Vaccine operations Central Provinces 1886-1899 - 1886-1899
Year: 1886
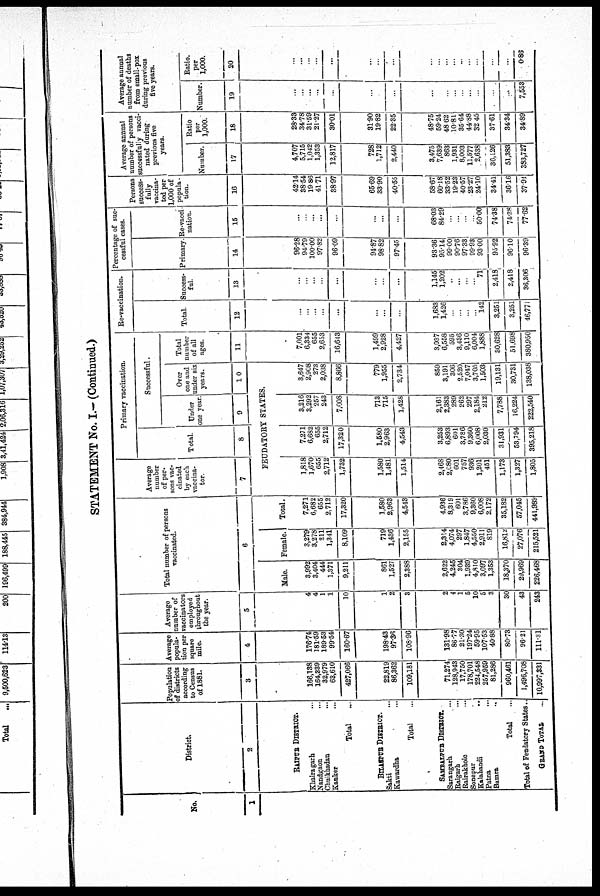
STATEMENT No. I.— (Continued.)
No.
1
District.
2
RAIPUR DISTRICTS.
Khairagarh...
Nandgaon...
Chuikhadan...
Kanker...
Total...
BILASPUR DISTRICTS.
Sakti...
Kawardha...
Total...
SAMBALPUR DISTRICT.
Sarangarh...
Raigarh...
Rairakhole...
Sonepur...
Kalahandi...
Patna...
Bamra...
Total...
Total of Feudatory States..
GRAND TOTAL.
Population
of districts
according
to Census
of 1881.
3
166,138
164,339
32,979
63,610
427,066
22,819
86,362
109,181
71,274
128,943
17,750
178,701
224,548
257,959
81,286
960,461
1,496,708
10,997,331
Average
popula-
tion per
square
mile.
4
176.74
181.59
189.53
99.54
160.67
198.43
97.36
108.96
131.98
86.77
21.30
197.24
59.95
107.53
40.88
80.73
96.21
111.31
Average
number of
vaccinators
employed
throughout
the year.
5
4
4
1
1
10
1
2
3
2
4
1
5
10
5
3
30
43
243
Total number of persons
vaccinated.
6
Male.
3,992
3,404
444
1,371
9,211
861
1,527
2,388
2,622
4,245
304
1,939
4,810
3,097
1,353
18,370
29,969
226,468
Female.
3,279
3,278
211
1,341
8,109
719
1,436
2,155
2,314
4,074
297
1,847
4,550
2,911
819
16,812
27,076
215,521
Total.
7,271
6,682
655
2,712
17,320
1,580
2,963
4,543
4,936
8,319
601
3,786
9,360
6,008
2,172
35,182
57,045
441,989
Average
number
of per-
sons vac-
cinated
by each
vaccina¬
tor.
7
Primary vaccination.
Total.
8
Successful.
Under
one year.
9
Over
one and
under six
years.
10
FEUDATORY STATES.
1,818
1,670
655
2,712
1,732
1,580
1,481
1,514
2,468
2,080
601
757
936
1,201
451
1,173
1,327
1,805
7,271
6,682
655
2,712
17,320
1,580
2,963
4,543
3,253
6,893
601
3,786
9,360
6,008
2,030
31,931
53,794
395,218
3,216
3,292
257
243
7,008
713
715
1,428
2,161
2,383
289
262
297
2,184
212
7,788
16,224
222,540
3,647
2,908
273
2,038
8,866
779
1,955
2,734
859
3,191
306
2,520
7,047
3,705
1,503
19,131
30,731
138,038
Total
number
of all
ages.
11
7,001
6,334
655
2,653
16,643
1,499
2,928
4,427
3,037
6,558
595
3,486
9,110
6,004
1,888
30,628
51,698
380,950
Re-vaccination.
Total.
12
...
...
...
...
...
...
...
...
1,683
1,426
...
...
...
...
142
3,251
3,251
46,771
Success-
ful.
13
...
...
...
...
...
...
...
...
1,145
1,202
...
...
...
...
71
2,418
2,418
36,306
Percentage of suc¬
cessful cases.
Primary
14
96.28
94.79
100.00
97.82
96.09
94.87
98.82
97.45
93.36
95.14
99.00
90.76
97.33
99.93
93.00
95.92
96.10
96.39
Re-vacci
nation.
15
...
...
...
...
...
...
...
...
68.03
84.29
...
...
... ..
50.00
74.38
74.38
77.62
Persons
success-
fully
vaccina-
ted per
1,000 of
popula-
tion.
16
42.14
38.54
19.86
41.71
38.97
65.69
33.90
40.55
58.67
60.18
33.52
19.23
40.57
23.27
24.10
34.41
36.16
37.94
Average annual
number of persons
successfully vacci¬
nated during
previous five
years.
Number.
17
4,707
5,715
1,042
1,353
12,817
728
1,712
2,440
3,475
7,639
863
1,931
8,003
11,577
2,638
36,126
51,383
383,727
Ratio
per
1,000.
18
28.33
34.78
31.59
21.27
30.01
31.90
19.82
22.35
48.75
59.24
48.62
10.81
35.64
44.88
32.45
37.61
34.34
34.89
Average annual
number of deaths
from small-pox
during previous
five years.
Number.
19
...
...
...
...
...
...
...
...
...
...
...
...
...
...
...
...
...
7,553
Ratio.
per
1,000.
20
...
... ...
...
...
...
...
...
...
...
...
...
...
...
...
...
...
0.86